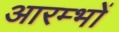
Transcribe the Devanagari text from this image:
आरम्भों